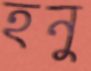
হনু